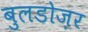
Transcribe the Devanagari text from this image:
बुलडोज़र